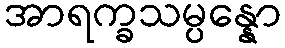
အာရက္ခသမ္ပန္နော